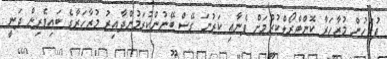
ފުލުހުން މުޒާހަރާ ކޮންޓްރޯލްކުރުމަށް ފެނާއި ކަރުނަ ގޭސް ބޭނުންކުރަމުންދާއިރު މުޒާހަރާގެ ބައިވެރިން ދަނީ